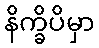
နိက္ခိပိမှာ